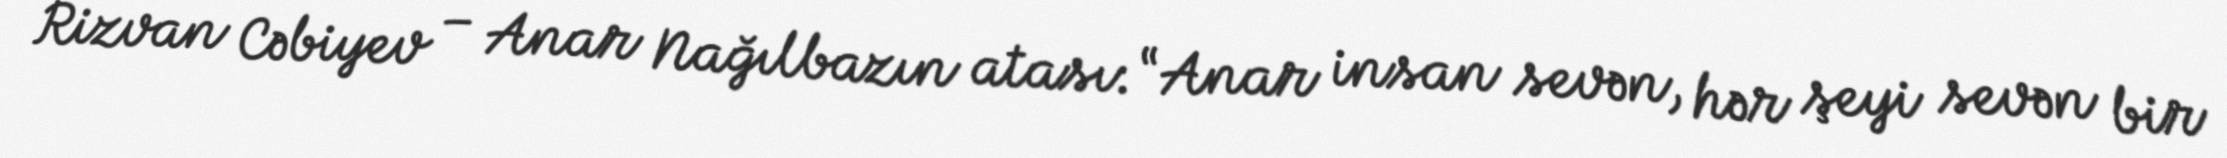
Rizvan Cəbiyev – Anar Nağılbazın atası: “Anar insan sevən, hər şeyi sevən bir